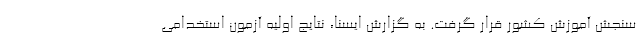
سنجش آموزش کشور قرار گرفت. به گزارش ایسنا، نتایج اولیه آزمون استخدامی